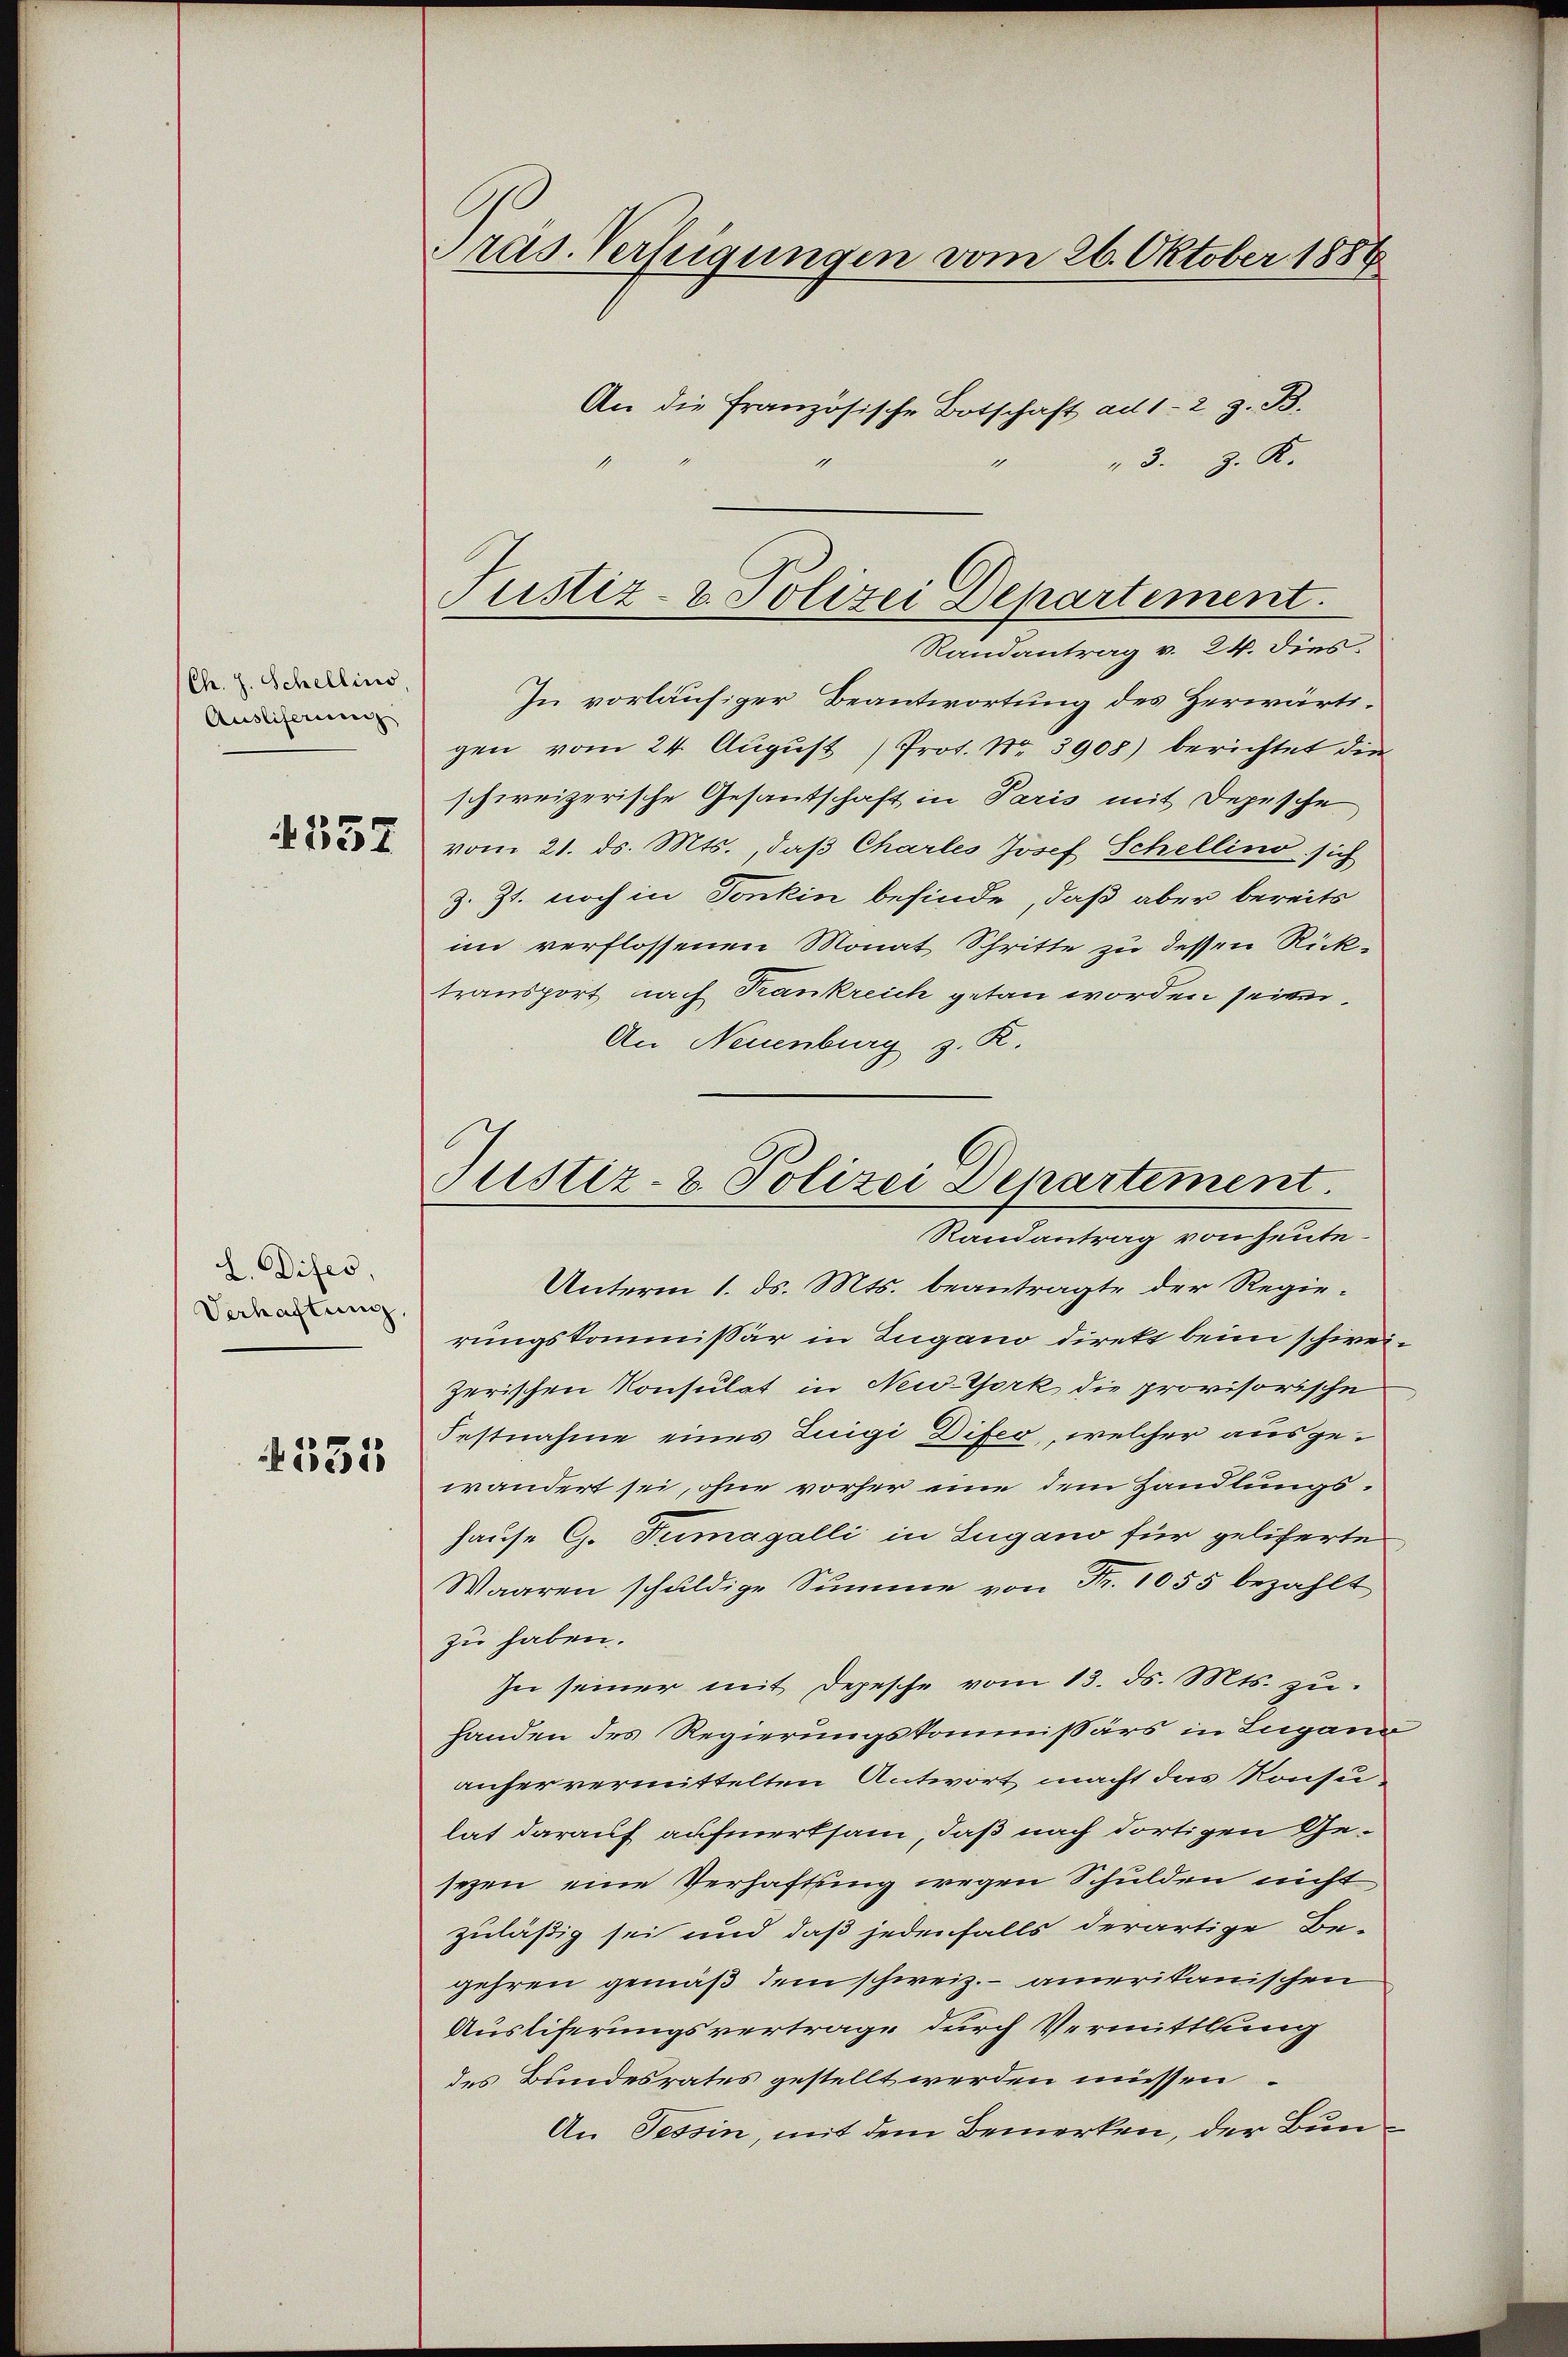
Ch. J. Schellins,
Ausliferung
337

L. Difer,
Verhaftung.

531

ras. Verfügungen vom 26. Oktober 1886
An die Französische Botschaft ad 1-2 z. B.
"3. z. K.

Randantrag v. 24. dies
In vorläufiger Beantwortung des Herwärtigen vom 24. August Prot. Nr. 3908) berichtet die
schweizerische Gesantschaft in Paris mit Depesche
vom 21. ds. Mts., daß Charles Josef Schellino sich
z. Zt. noch in Tonkin befinde, daß aber bereits
im verflossenen Monat Schritte zu dessen Rücktransport nach Frankreich getan worden sein.
An Neuenburg z. R.
Randantrag von heute.
Unterm 1. ds. Mts. beantragte der Regierungskommissär in Zugano direkt beim schweizerischen Konsulat in New-York die provisorische
Festnahme eines Zuigi Difer, welcher ausgewandert sei, ohne vorher eine dem Handlungs¬
Hause G. Tumagalli in Zugano für geliferte
Waaren schuldige Summe von Fr. 1055 bezahlt
zu haben.
In seiner mit Depesche vom 13. ds. Mts. zu.
Handen des Regierungskommissärs in Lugano
anfer vermittelten Antwort macht das Konsulat darauf aufmerksam, daß nach dortigen Gesezen eine Verhaftung wegen Schulden nicht
zuläßig sei und daß jedenfalls derartige Be-
gehren gemäß dem schweiz. - amerikanischen
Auslieferungsvertrage durch Vermittlung
des Bundesrates gestellt werden müssen
An Tessin, mit dem Bemerken, der Bun¬

Justiz- & Polizei Departement.

Justiz- & Polizei Departement.